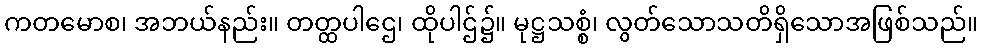
ကတမောစ၊ အဘယ်နည်း။ တတ္ထပါဌေ၊ ထိုပါဌ်၌။ မုဋ္ဌသစ္စံ၊ လွတ်သောသတိရှိသောအဖြစ်သည်။